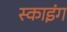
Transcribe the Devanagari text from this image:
स्‍काइंग